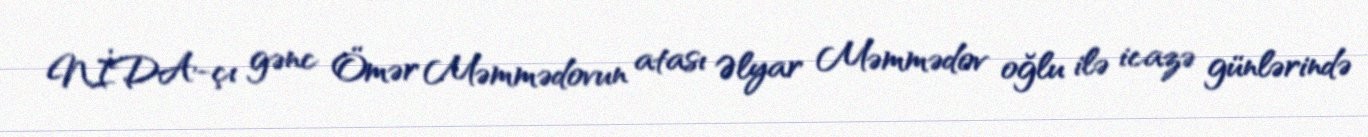
NİDA-çı gənc Ömər Məmmədovun atası Əlyar Məmmədov oğlu ilə icazə günlərində